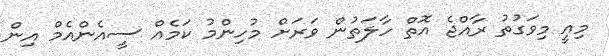
މިއީ މިވަގުތު ރާއްޖެ އޮތް ހާލަތުން ވަރަށް މުހިންމު ކަމެއް ސީއެންއެމް އިން